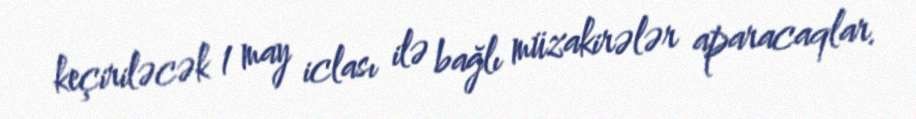
keçiriləcək 1 may iclası ilə bağlı müzakirələr aparacaqlar.